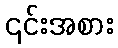
၎င်းအစား